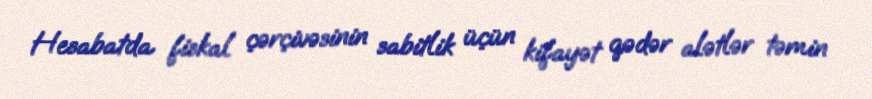
Hesabatda fiskal çərçivəsinin sabitlik üçün kifayət qədər alətlər təmin